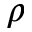
\rho